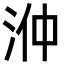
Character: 㳞